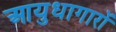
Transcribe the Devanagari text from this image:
आयुधागारों